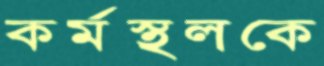
কর্মস্থলকে